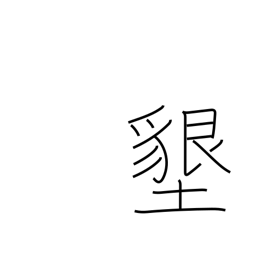
Meaning: ground-breaking